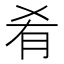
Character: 肴